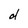
Character: d